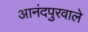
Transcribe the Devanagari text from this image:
आनंदपुरवाले